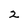
Character: 2